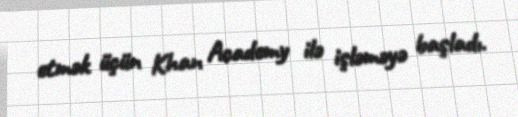
etmək üçün Khan Academy ilə işləməyə başladı.